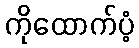
ကိုထောက်ပံ့